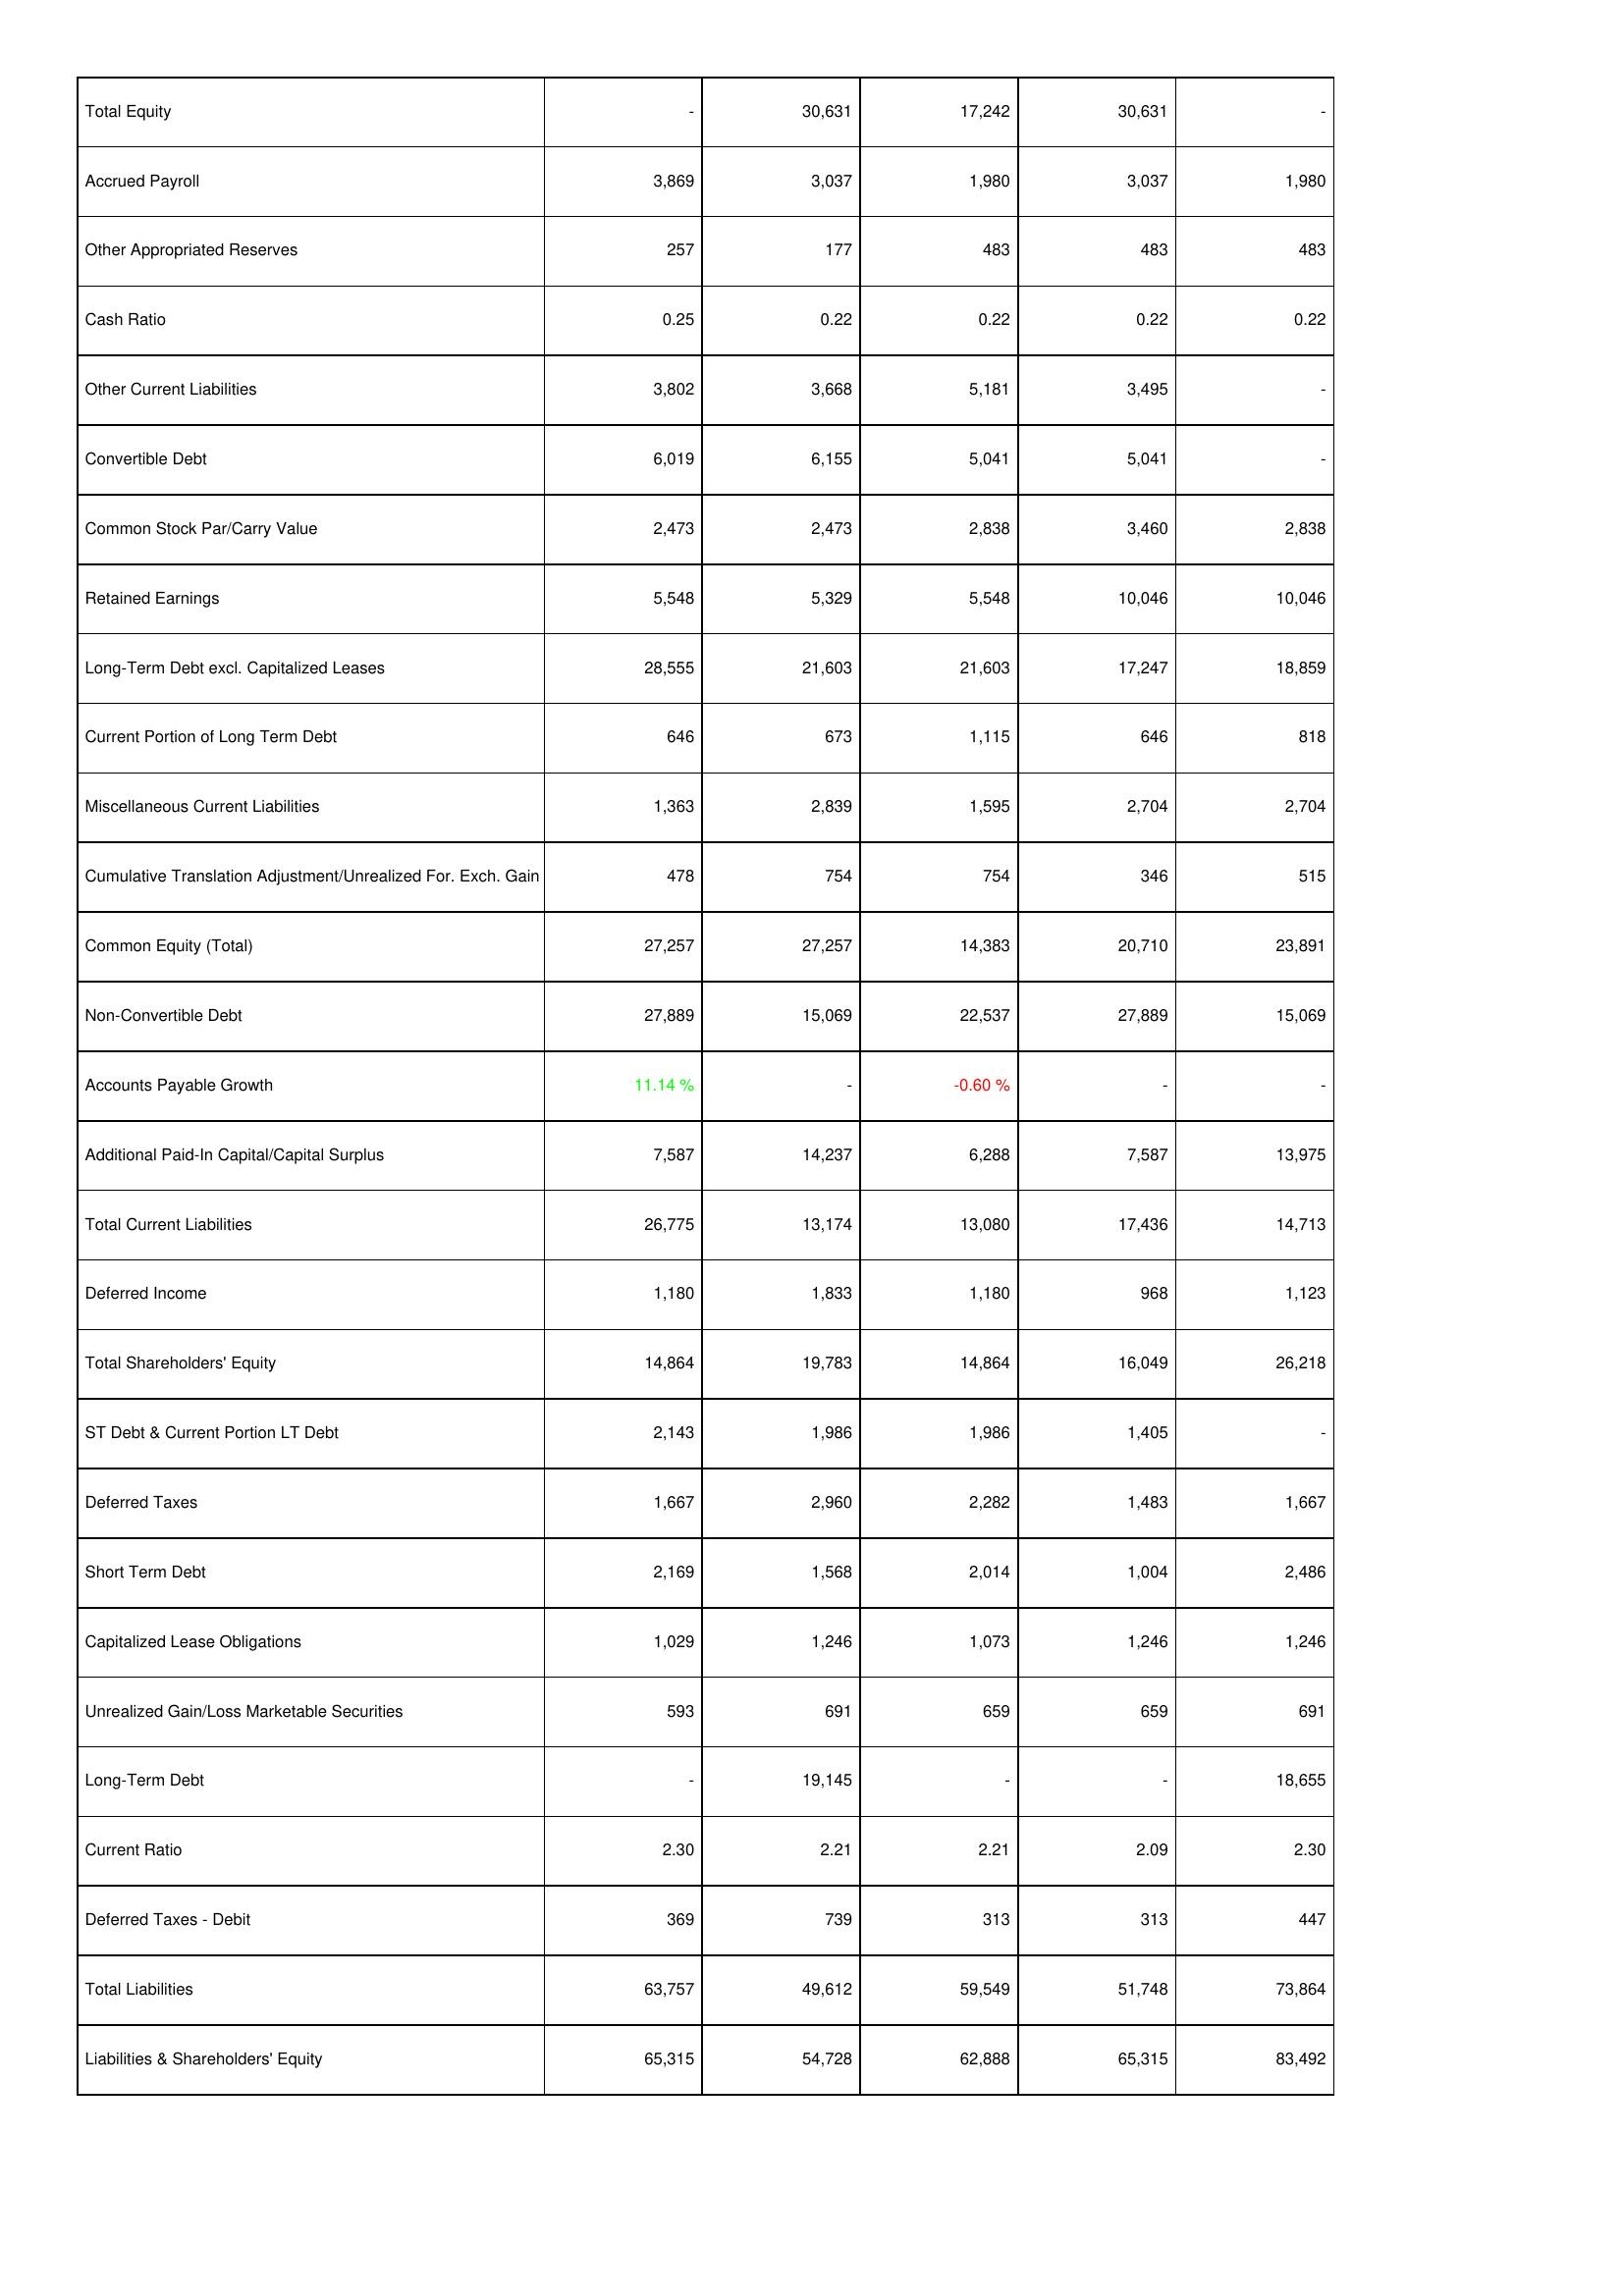
2021: Liabilities & Shareholders' Equity: Total Equity: -
Accrued Payroll: 3,869
Other Appropriated Reserves: 257
Cash Ratio: 0.25
Other Current Liabilities: 3,802
Convertible Debt: 6,019
Common Stock Par/Carry Value: 2,473
Retained Earnings: 5,548
Long-Term Debt excl. Capitalized Leases: 28,555
Current Portion of Long Term Debt: 646
Miscellaneous Current Liabilities: 1,363
Cumulative Translation Adjustment/Unrealized For. Exch. Gain: 478
Common Equity (Total): 27,257
Non-Convertible Debt: 27,889
Accounts Payable Growth: 11.14 %
Additional Paid-In Capital/Capital Surplus: 7,587
Total Current Liabilities: 26,775
Deferred Income: 1,180
Total Shareholders' Equity: 14,864
ST Debt & Current Portion LT Debt: 2,143
Deferred Taxes: 1,667
Short Term Debt: 2,169
Capitalized Lease Obligations: 1,029
Unrealized Gain/Loss Marketable Securities: 593
Long-Term Debt: -
Current Ratio: 2.30
Deferred Taxes - Debit: 369
Total Liabilities: 63,757
Liabilities & Shareholders' Equity: 65,315
2022: Liabilities & Shareholders' Equity: Total Equity: 30,631
Accrued Payroll: 3,037
Other Appropriated Reserves: 177
Cash Ratio: 0.22
Other Current Liabilities: 3,668
Convertible Debt: 6,155
Common Stock Par/Carry Value: 2,473
Retained Earnings: 5,329
Long-Term Debt excl. Capitalized Leases: 21,603
Current Portion of Long Term Debt: 673
Miscellaneous Current Liabilities: 2,839
Cumulative Translation Adjustment/Unrealized For. Exch. Gain: 754
Common Equity (Total): 27,257
Non-Convertible Debt: 15,069
Accounts Payable Growth: -
Additional Paid-In Capital/Capital Surplus: 14,237
Total Current Liabilities: 13,174
Deferred Income: 1,833
Total Shareholders' Equity: 19,783
ST Debt & Current Portion LT Debt: 1,986
Deferred Taxes: 2,960
Short Term Debt: 1,568
Capitalized Lease Obligations: 1,246
Unrealized Gain/Loss Marketable Securities: 691
Long-Term Debt: 19,145
Current Ratio: 2.21
Deferred Taxes - Debit: 739
Total Liabilities: 49,612
Liabilities & Shareholders' Equity: 54,728
2023: Liabilities & Shareholders' Equity: Total Equity: 17,242
Accrued Payroll: 1,980
Other Appropriated Reserves: 483
Cash Ratio: 0.22
Other Current Liabilities: 5,181
Convertible Debt: 5,041
Common Stock Par/Carry Value: 2,838
Retained Earnings: 5,548
Long-Term Debt excl. Capitalized Leases: 21,603
Current Portion of Long Term Debt: 1,115
Miscellaneous Current Liabilities: 1,595
Cumulative Translation Adjustment/Unrealized For. Exch. Gain: 754
Common Equity (Total): 14,383
Non-Convertible Debt: 22,537
Accounts Payable Growth: -0.60 %
Additional Paid-In Capital/Capital Surplus: 6,288
Total Current Liabilities: 13,080
Deferred Income: 1,180
Total Shareholders' Equity: 14,864
ST Debt & Current Portion LT Debt: 1,986
Deferred Taxes: 2,282
Short Term Debt: 2,014
Capitalized Lease Obligations: 1,073
Unrealized Gain/Loss Marketable Securities: 659
Long-Term Debt: -
Current Ratio: 2.21
Deferred Taxes - Debit: 313
Total Liabilities: 59,549
Liabilities & Shareholders' Equity: 62,888
2024: Liabilities & Shareholders' Equity: Total Equity: 30,631
Accrued Payroll: 3,037
Other Appropriated Reserves: 483
Cash Ratio: 0.22
Other Current Liabilities: 3,495
Convertible Debt: 5,041
Common Stock Par/Carry Value: 3,460
Retained Earnings: 10,046
Long-Term Debt excl. Capitalized Leases: 17,247
Current Portion of Long Term Debt: 646
Miscellaneous Current Liabilities: 2,704
Cumulative Translation Adjustment/Unrealized For. Exch. Gain: 346
Common Equity (Total): 20,710
Non-Convertible Debt: 27,889
Accounts Payable Growth: -
Additional Paid-In Capital/Capital Surplus: 7,587
Total Current Liabilities: 17,436
Deferred Income: 968
Total Shareholders' Equity: 16,049
ST Debt & Current Portion LT Debt: 1,405
Deferred Taxes: 1,483
Short Term Debt: 1,004
Capitalized Lease Obligations: 1,246
Unrealized Gain/Loss Marketable Securities: 659
Long-Term Debt: -
Current Ratio: 2.09
Deferred Taxes - Debit: 313
Total Liabilities: 51,748
Liabilities & Shareholders' Equity: 65,315
2025: Liabilities & Shareholders' Equity: Total Equity: -
Accrued Payroll: 1,980
Other Appropriated Reserves: 483
Cash Ratio: 0.22
Other Current Liabilities: -
Convertible Debt: -
Common Stock Par/Carry Value: 2,838
Retained Earnings: 10,046
Long-Term Debt excl. Capitalized Leases: 18,859
Current Portion of Long Term Debt: 818
Miscellaneous Current Liabilities: 2,704
Cumulative Translation Adjustment/Unrealized For. Exch. Gain: 515
Common Equity (Total): 23,891
Non-Convertible Debt: 15,069
Accounts Payable Growth: -
Additional Paid-In Capital/Capital Surplus: 13,975
Total Current Liabilities: 14,713
Deferred Income: 1,123
Total Shareholders' Equity: 26,218
ST Debt & Current Portion LT Debt: -
Deferred Taxes: 1,667
Short Term Debt: 2,486
Capitalized Lease Obligations: 1,246
Unrealized Gain/Loss Marketable Securities: 691
Long-Term Debt: 18,655
Current Ratio: 2.30
Deferred Taxes - Debit: 447
Total Liabilities: 73,864
Liabilities & Shareholders' Equity: 83,492